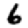
Digit: 6